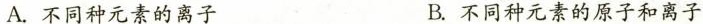
A.不同种元素的离子 B.不同种元素的原子和离子